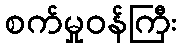
စက်မှုဝန်ကြီး